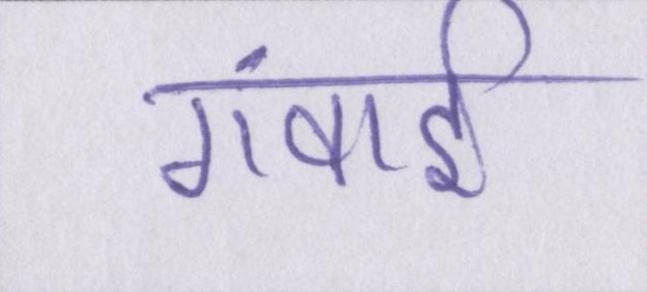
गंवाई